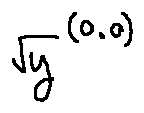
\sqrt { y } ^ { ( 0 . 0 ) }